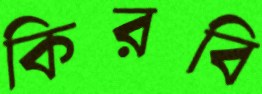
কিরবি